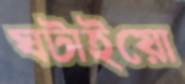
ঘটাইয়ো